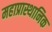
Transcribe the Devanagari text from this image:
महाप्रास्थानिक